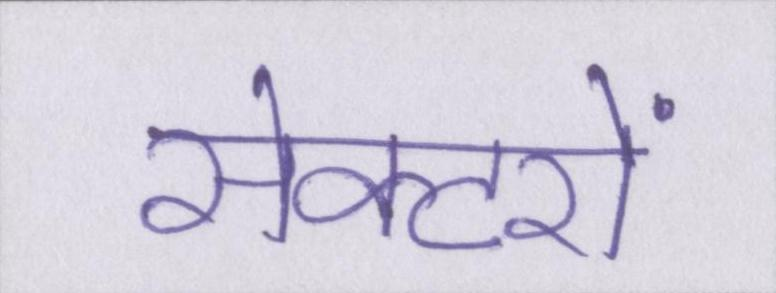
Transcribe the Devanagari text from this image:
सेक्टरों